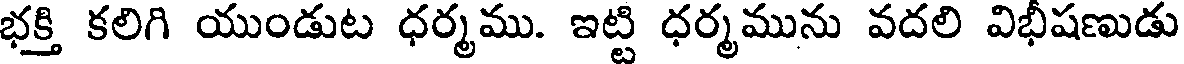
భక్తి కలిగి యుండుట ధర్మము. ఇట్టి ధర్మమును వదలి విభీషణుడు